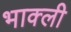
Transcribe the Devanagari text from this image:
भाक्ली